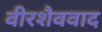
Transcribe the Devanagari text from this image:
वीरशैववाद